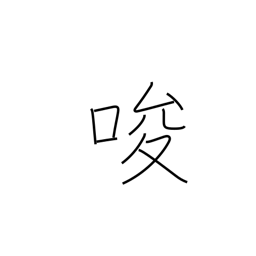
Meaning: tempt